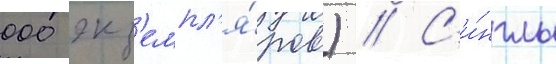
000 экз'емпл'я́ров) // С'и́нглы